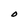
Character: O